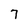
Character: 7